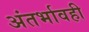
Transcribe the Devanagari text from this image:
अंतर्भावही